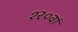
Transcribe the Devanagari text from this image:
१२०वां